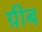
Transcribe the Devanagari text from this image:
ग्रीब